Mental hospitals Bombay report 1929-33 - 1929-1933
Year: 1929
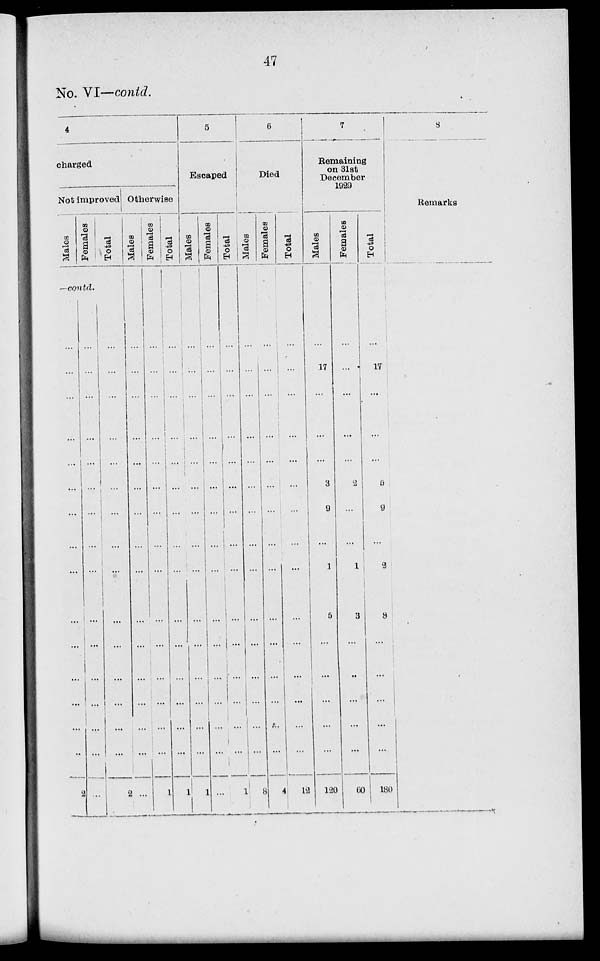
47
No. VI—contd.
4
charged
Not improved
Males
Females
Total
—contd.
...
...
...
...
...
...
...
...
...
...
...
...
...
...
...
2
...
...
...
...
...
...
...
...
...
...
...
...
...
...
...
...
...
...
...
...
...
...
...
...
...
...
...
...
...
...
...
2
Otherwise
Males
...
...
...
...
...
...
...
...
...
...
...
...
...
...
...
...
Females
...
...
...
...
...
...
...
...
...
...
...
...
...
...
...
1
Total
...
...
...
...
...
...
...
...
...
...
...
...
...
...
...
1
5
Escaped
Males
...
...
...
...
...
...
...
...
...
...
...
...
...
...
...
1
Females
...
...
...
...
...
...
...
...
...
...
...
...
...
...
...
...
Total
...
...
...
...
...
...
...
...
...
...
...
...
...
...
...
1
6
Died
Males
...
...
...
...
...
...
...
...
...
...
...
...
...
...
...
8
Females
...
...
...
...
...
...
...
...
...
...
...
...
...
...
...
4
Total
...
...
...
...
...
...
...
...
...
...
...
...
...
...
...
12
7
Remaining
on 31st
December
1929
Males
...
17
...
...
...
3
9
...
1
5
...
...
...
...
...
120
Females
...
...
...
...
...
2
...
...
1
3
...
...
...
...
...
60
Total
...
17
...
...
...
5
9
...
2
8
...
...
...
...
...
180
8
Remarks